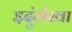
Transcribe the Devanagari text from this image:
इदुंलेखा